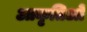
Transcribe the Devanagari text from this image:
आकृतिओं